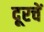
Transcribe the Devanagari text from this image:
दूरचें